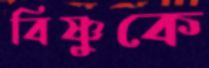
বিষ্ণুকে